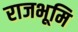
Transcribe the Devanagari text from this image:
राजभूमि